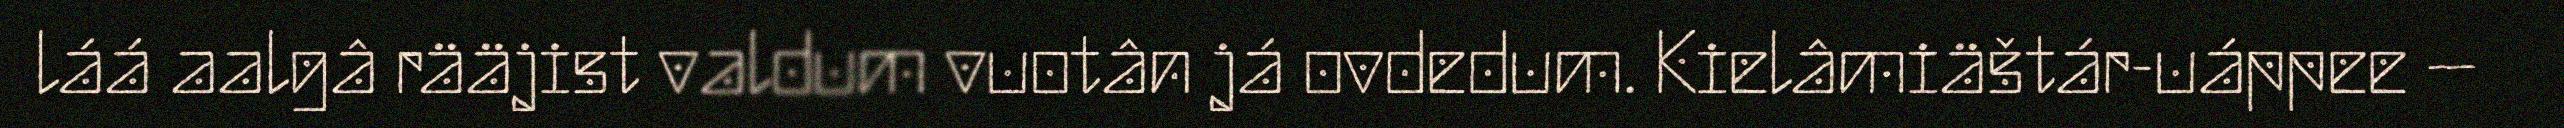
láá aalgâ rääjist valdum vuotân já ovdedum. Kielâmiäštár-uáppee –